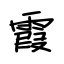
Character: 霞